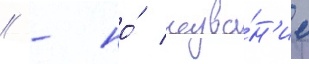
/ - но́ назва́н'ие